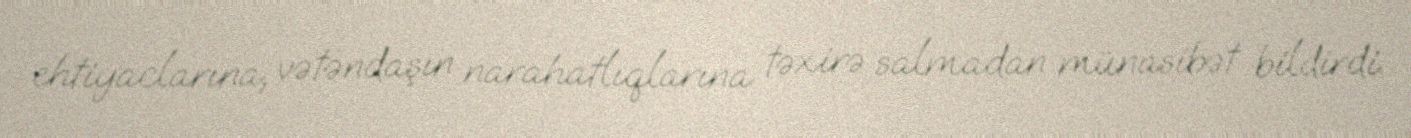
ehtiyaclarına, vətəndaşın narahatlıqlarına təxirə salmadan münasibət bildirdi.